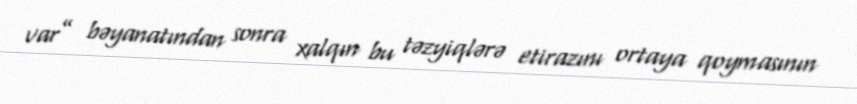
var” bəyanatından sonra xalqın bu təzyiqlərə etirazını ortaya qoymasının